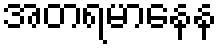
အတရမာနေန